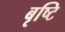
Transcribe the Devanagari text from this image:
बृष्टि